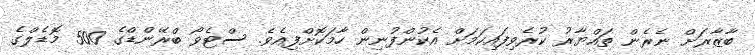
ބާޒާރަށް ނެރެން ތައްޔާރު ކުރެވިފައިކަމަށް އެކުންފުނިން ހާމަކޮށްފިއެވެ. ސްޓެވޯ ބްރޭންޑްގެ 500 މޮޑެލްގެ